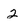
Character: 2